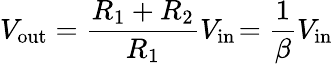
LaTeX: V_{\mathrm{out}}={\frac{R_{\mathrm{1}}+R_{\mathrm{2}}}{R_{\mathrm{1}}}}V_{\mathrm{in}}\! ={\frac{1}{\beta}}V_{\mathrm{in}}